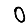
Digit: 0